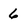
Character: 6